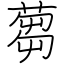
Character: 蒭